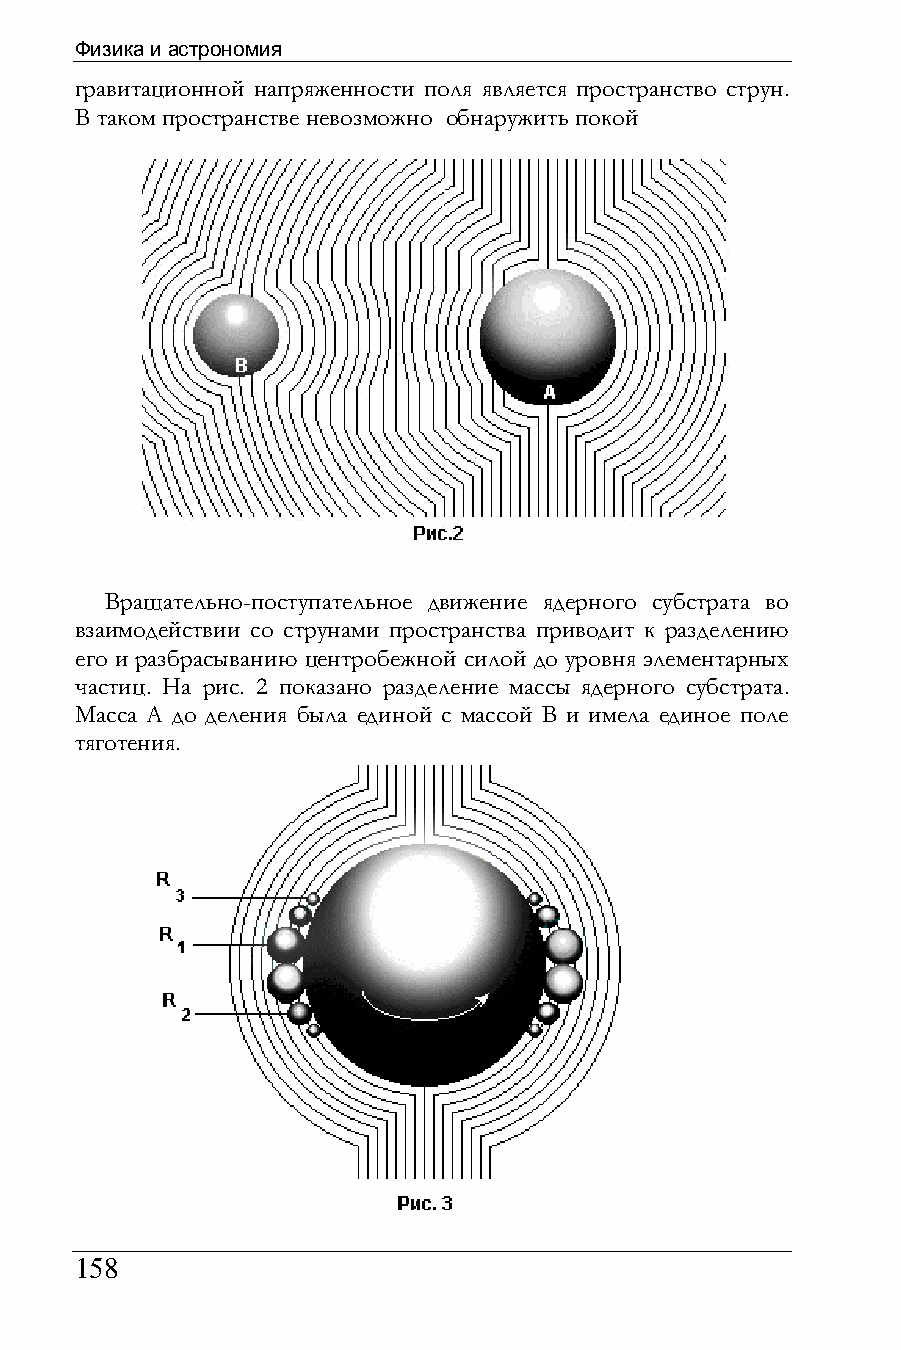
Физика и астрономия
 гравитационной напряженности поля является пространство струн.
 В таком пространстве невозможно обнаружить покой
 Вращательно-поступательное движение ядерного субстрата во
 взаимодействии со струнами пространства приводит к разделению
 его и разбрасыванию центробежной силой до уровня элементарных
 частиц. На рис. 2 показано разделение массы ядерного субстрата.
 Масса А до деления была единой с массой В и имела единое поле
 тяготения.
 158